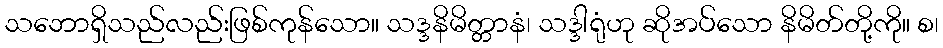
သဘောရှိသည်လည်းဖြစ်ကုန်သော။ သဒ္ဒနိမိတ္တာနံ၊ သဒ္ဒါရုံဟု ဆိုအပ်သော နိမိတ်တို့ကို။ စ၊